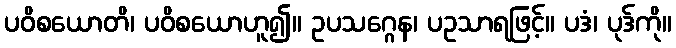
ပဝိစယောတိ၊ ပဝိစယောဟူ၍။ ဥပသဂ္ဂေန၊ ပဥသာရဖြင့်။ ပဒံ၊ ပုဒ်ကို။